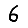
Digit: 6